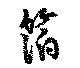
箔